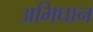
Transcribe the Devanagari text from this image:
अभिघान